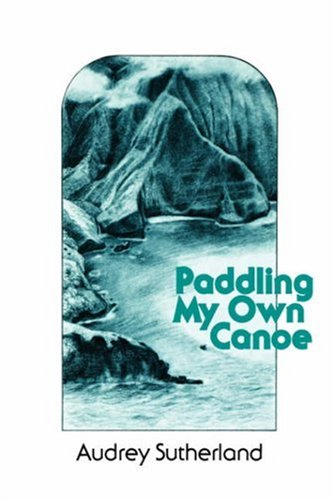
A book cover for Paddling My Own Canoe (Kolowalu Books); Audrey Sutherland; Sports & Outdoors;